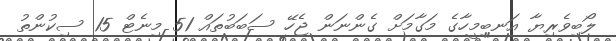
ލޯބިވެރިޔާ އަނބިމީހާގެ މަގާމަށް ގެންނަން ޖެހޭ ސަބަބުތައް 51 މިނެޓް 15 ސިކުންތު